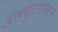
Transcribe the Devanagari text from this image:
अस्त्युत्तरस्याम्